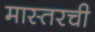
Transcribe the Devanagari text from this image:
मास्तरची